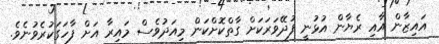
އައިޒާން އާއި ރެޔާން އުޅުނީ ފުދޭވަރަކަށް ގާތްކޮށްކަން މިއަދުވެސް މައިރާ އަށް ފާހަގަކުރެވުނެވެ.